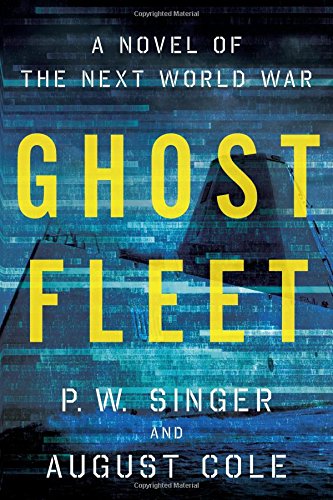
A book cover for Ghost Fleet: A Novel of the Next World War; P. W. Singer; Mystery, Thriller & Suspense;